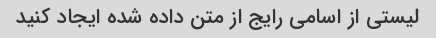
لیستی از اسامی رایج از متن داده شده ایجاد کنید